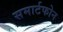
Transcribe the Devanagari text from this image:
समार्टफोन